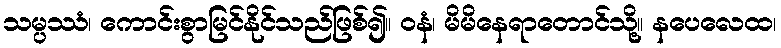
သမ္ပဿံ၊ ကောင်းစွာမြင်နိုင်သည်ဖြစ်၍။ ဝနံ၊ မိမိနေရာတောင်သို့။ နပေလေထ၊